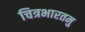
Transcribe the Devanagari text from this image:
चित्रभारतमु